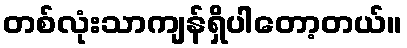
တစ်လုံးသာကျန်ရှိပါတော့တယ်။